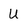
Character: U